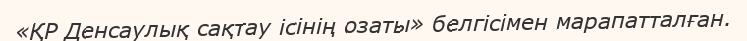
«ҚР Денсаулық сақтау ісінің озаты» белгісімен марапатталған.